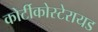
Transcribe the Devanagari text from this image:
कोर्टीकोस्टेरायड